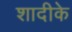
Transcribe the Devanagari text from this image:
शादीके